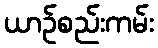
ယာဉ်စည်းကမ်း